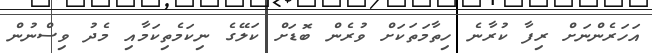
އަހަރެންނަށް ރިފާ ކުރާނެ ހިތާމަތަކަށް ވުރެން ބޮޑަށް ކަލޭގެ ނިކަމެތިކަމާއި މެދު ވިސްނުން